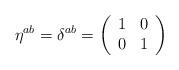
LaTeX: \begin{align*}\eta^{ab}=\delta^{ab}=\left(\begin{array}{cc}1 & 0 \\0 & 1 \end{array}\right)\end{align*}